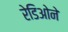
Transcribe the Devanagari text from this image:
रेडिओने